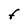
Character: F